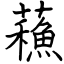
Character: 蘓